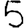
Digit: 5